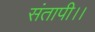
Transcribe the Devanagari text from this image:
संतापी।।